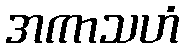
အကာသဟံ